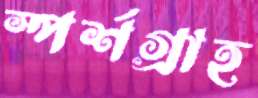
স্পর্শগ্রাহ